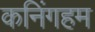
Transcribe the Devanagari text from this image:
कनिंगहम